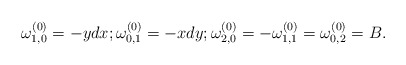
\begin{align*} & \omega^{(0)}_{1,0} = -ydx; \omega^{(0)}_{0,1} = -xdy; \omega^{(0)}_{2,0} = -\omega^{(0)}_{1,1} = \omega^{(0)}_{0,2} = B.\end{align*}